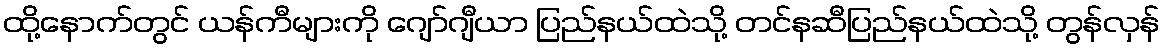
ထို့နောက်တွင် ယန်ကီများကို ဂျော်ဂျီယာ ပြည်နယ်ထဲသို့ တင်နဆီပြည်နယ်ထဲသို့ တွန်လှန်